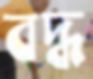
বদ্ধ